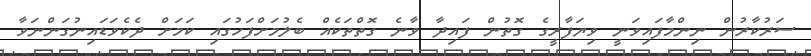
ސަރުކާރުން ނިންމާފައިވަނީ ވިޔަފާރީގެ ގޮތުން ފައިދާ ވާނެ ގޮތްތަކެއް ބެލުމަށްފަހުގައި ކަމަށް ދެކެވަޑައިނުގަންނަވާ